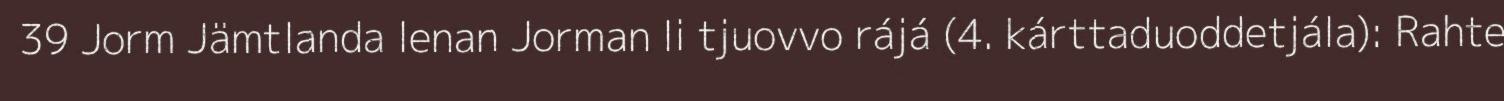
39 Jorm Jämtlanda lenan Jorman li tjuovvo rájá (4. kárttaduoddetjála): Rahte